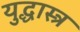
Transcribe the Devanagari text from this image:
युद्धास्त्र